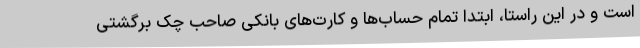
است و در این راستا، ابتدا تمام حساب‌ها و کارت‌های بانکی صاحب چک برگشتی